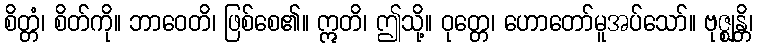
စိတ္တံ၊ စိတ်ကို။ ဘာဝေတိ၊ ဖြစ်စေ၏။ ဣတိ၊ ဤသို့။ ဝုတ္တေ၊ ဟောတော်မူအပ်သော်။ ဗုဇ္ဈန္တိ၊